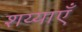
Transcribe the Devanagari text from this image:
शय्याएँ